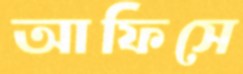
আফিসে